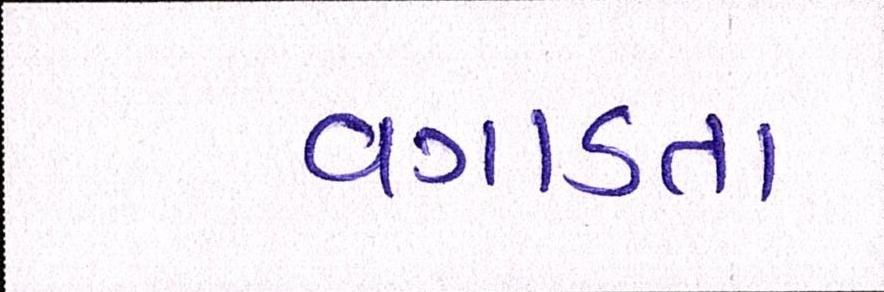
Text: વગાડતા